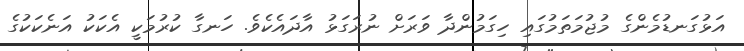
އަޅުގަނޑުމެންގެ މުޖުމަތަމުގައި ހިގަމުންދާ ވަރަށް ނުރަގަޅު އާދައެކެވެ. ހަނގާ ކުރުމަކީ އެކަކު އަނެކަކުގެ